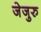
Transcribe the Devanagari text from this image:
जेजुरु